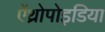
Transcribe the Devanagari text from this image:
ऐंथ्रोपोइडिया